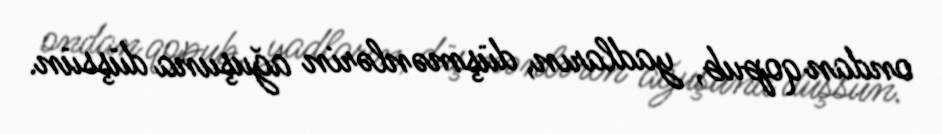
ondan qopub, yadların, düşmənlərin ağuşuna düşsün.